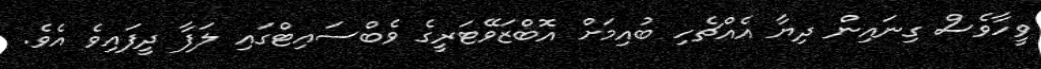
ވީހާވެސް ގިނައިން ދިޔާ އެއްޗެހި ބުއިމަށް އޮބްޒަވޭޓަރީގެ ވެބްސައިޓްގައި ލަފާ ދީފައިވެ އެވެ.